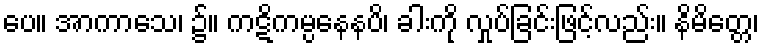
ပေ။ အာကာသေ၊ ၌။ ကဋိကမ္ပနေနပိ၊ ခါးကို လှုပ်ခြင်းဖြင့်လည်း။ နိမိတ္တေ၊